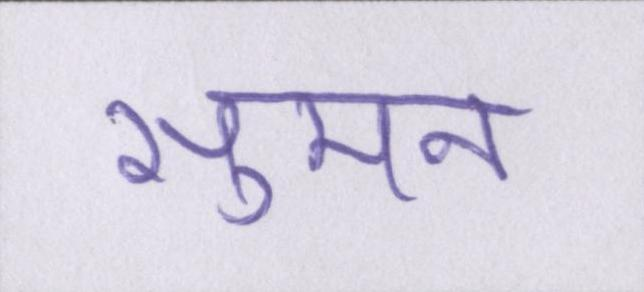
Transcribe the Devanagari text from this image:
सुमन